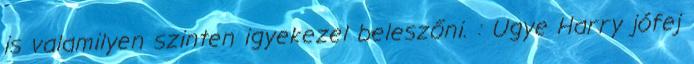
is valamilyen szinten igyekezel beleszőni. : Ugye Harry jófej